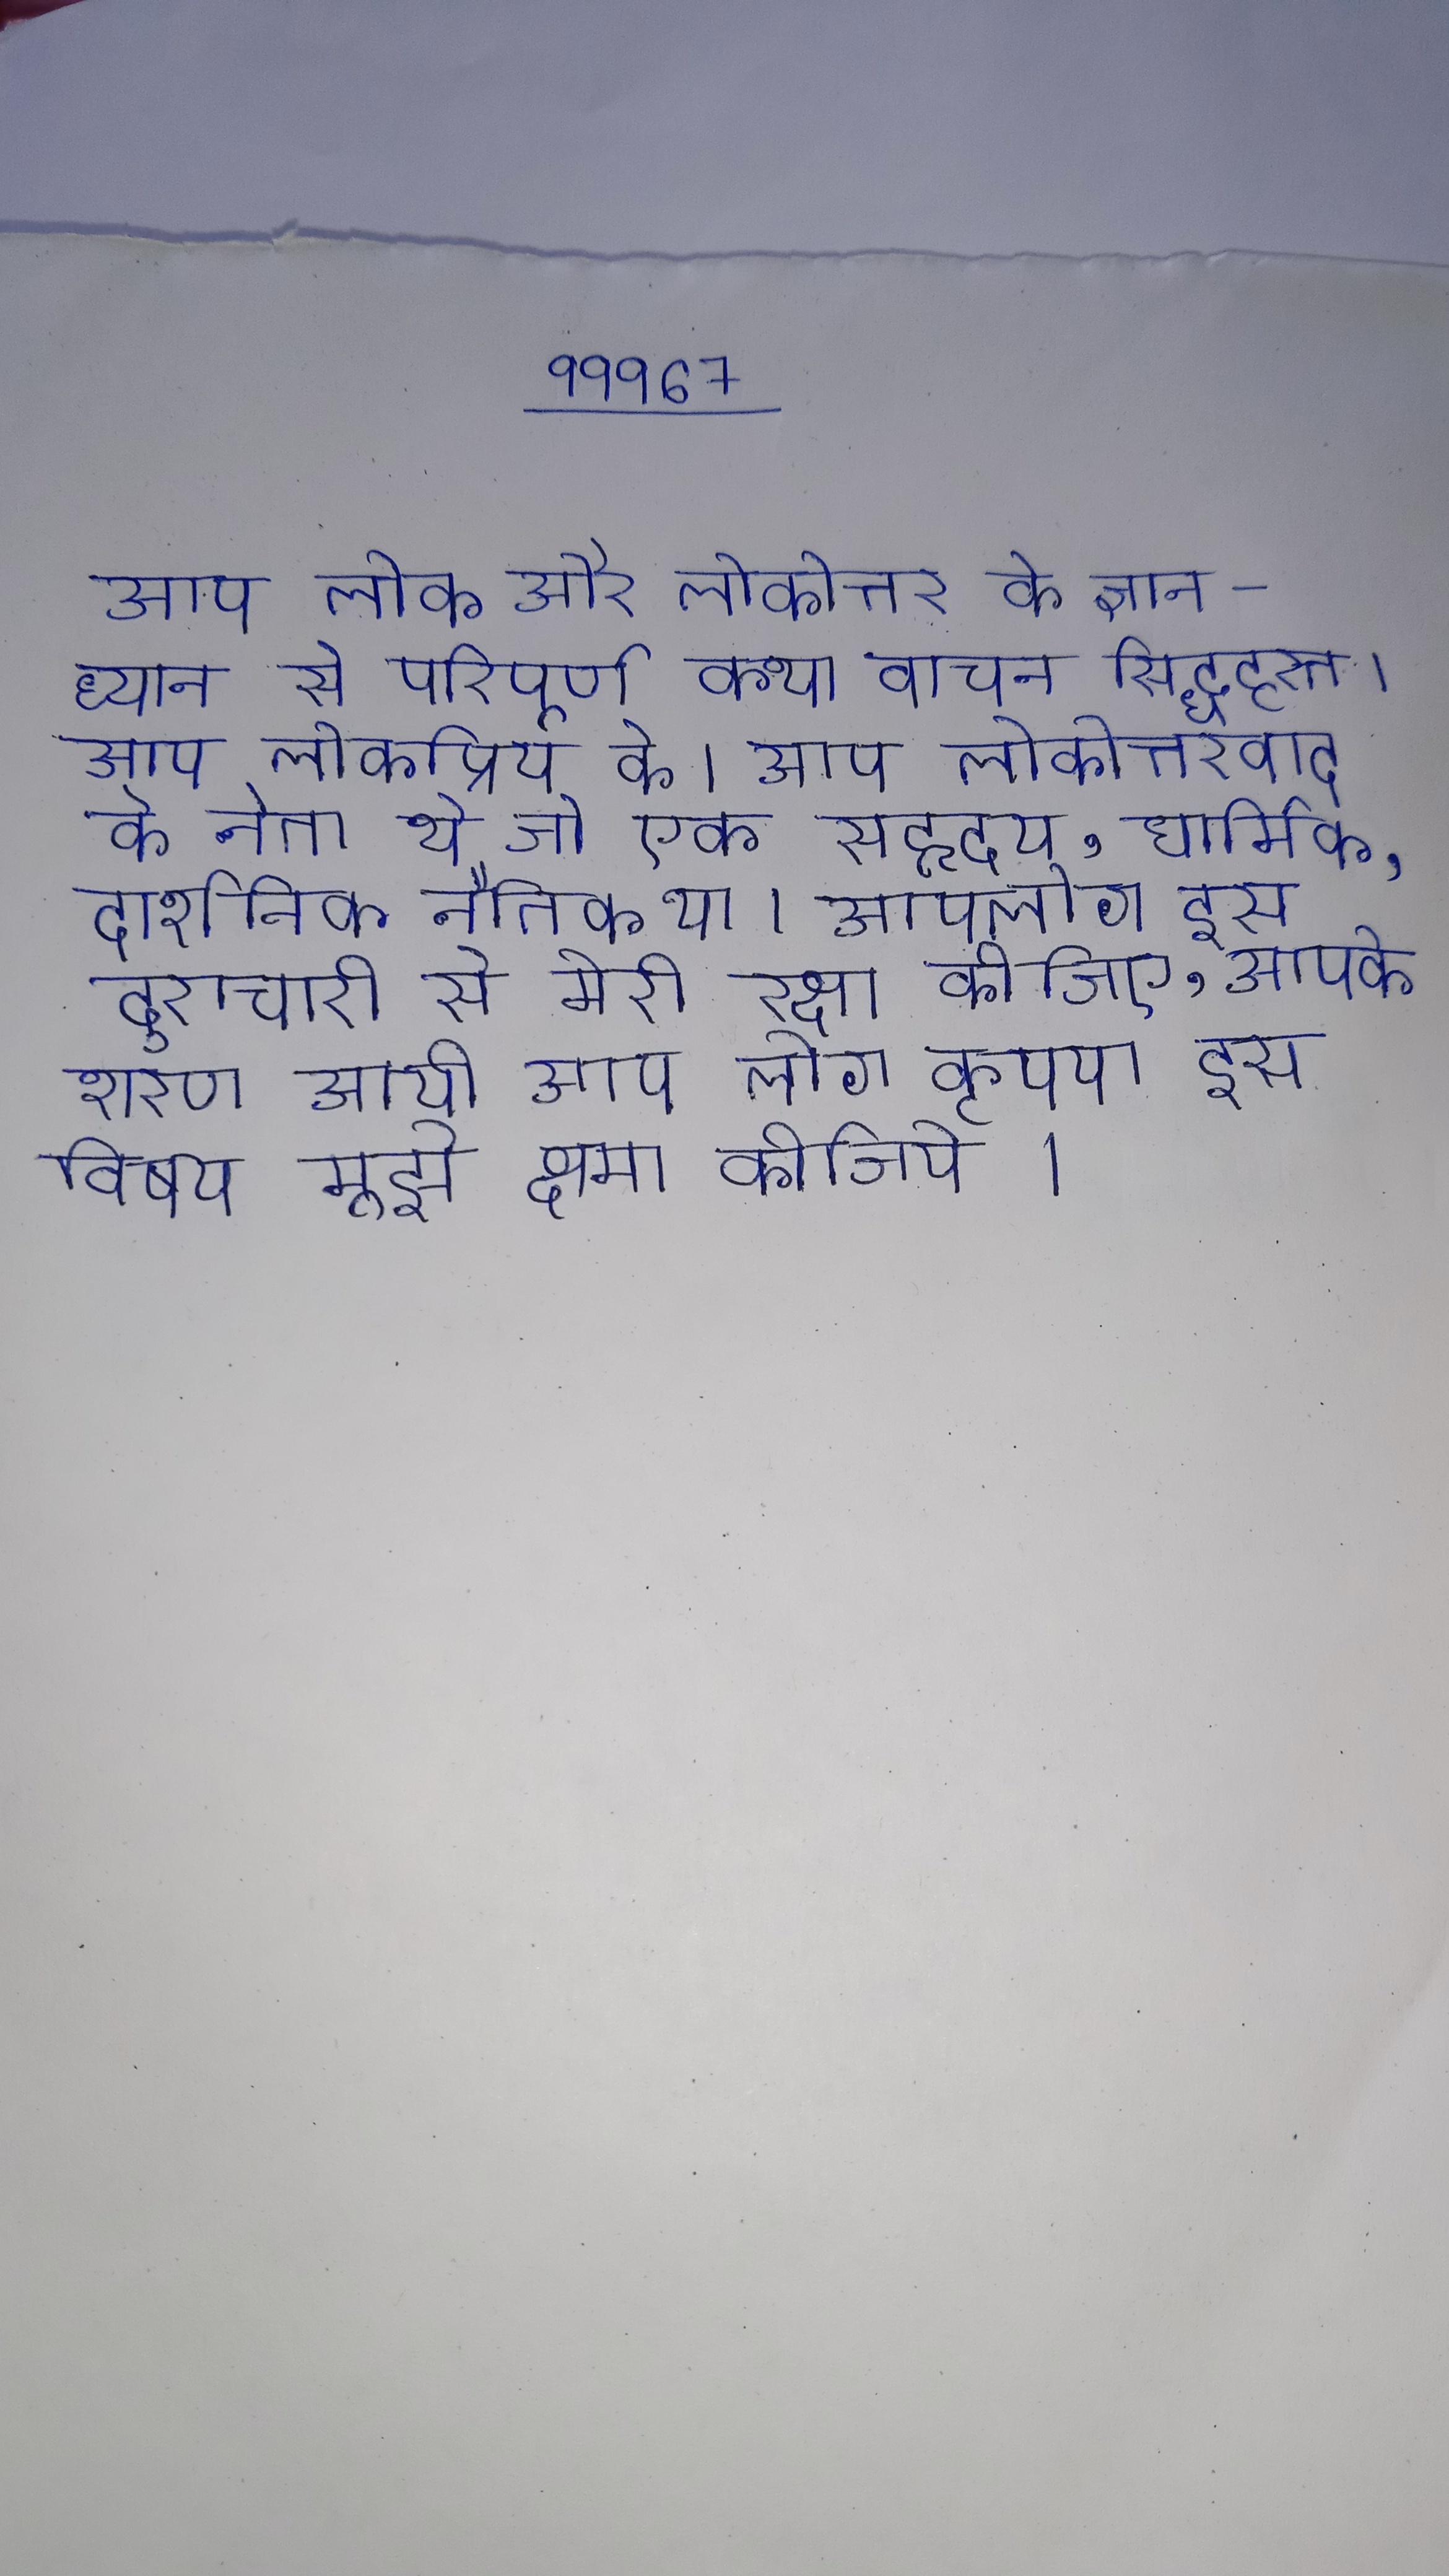
आप लोक और लोकोत्तर के ज्ञान-ध्यान से परिपूर्ण कथा वाचन सिद्धहस्त । आप लोकप्रिय के । आप लोकोत्तरवाद के नेता थे जो एक सहृदय, धार्मिक, दार्शनिक नैतिक था । आपलोग इस दुराचारी से मेरी रक्षा कीजिए, आपके शरण आयी आप लोग कृपया इस विषय मुझे क्षमा कीजिये ।